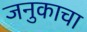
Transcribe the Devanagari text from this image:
जनुकाचा